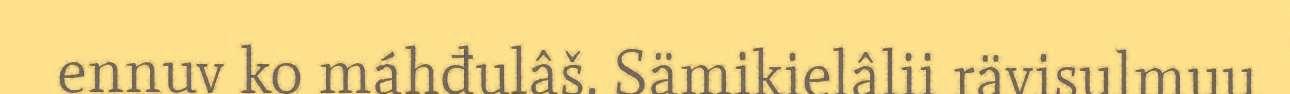
ennuv ko máhđulâš. Sämikielâlii rävisulmuu